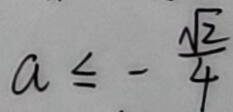
a \leq - \frac { \sqrt { 2 } } { 4 }